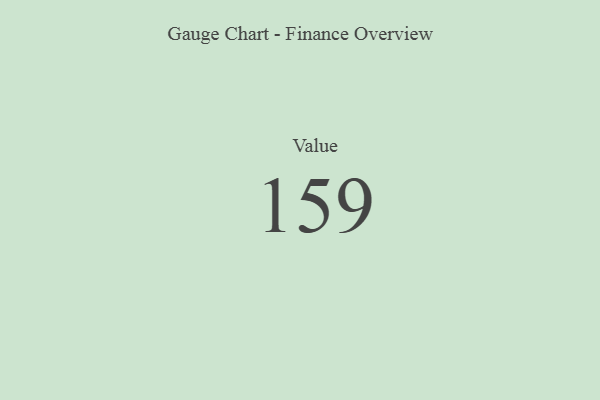
{"axis": {"x": "Metric", "y": "Value"}, "legend": [""], "data": [{"x": "Value", "y": 159, "type": ""}]}